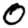
Digit: 0